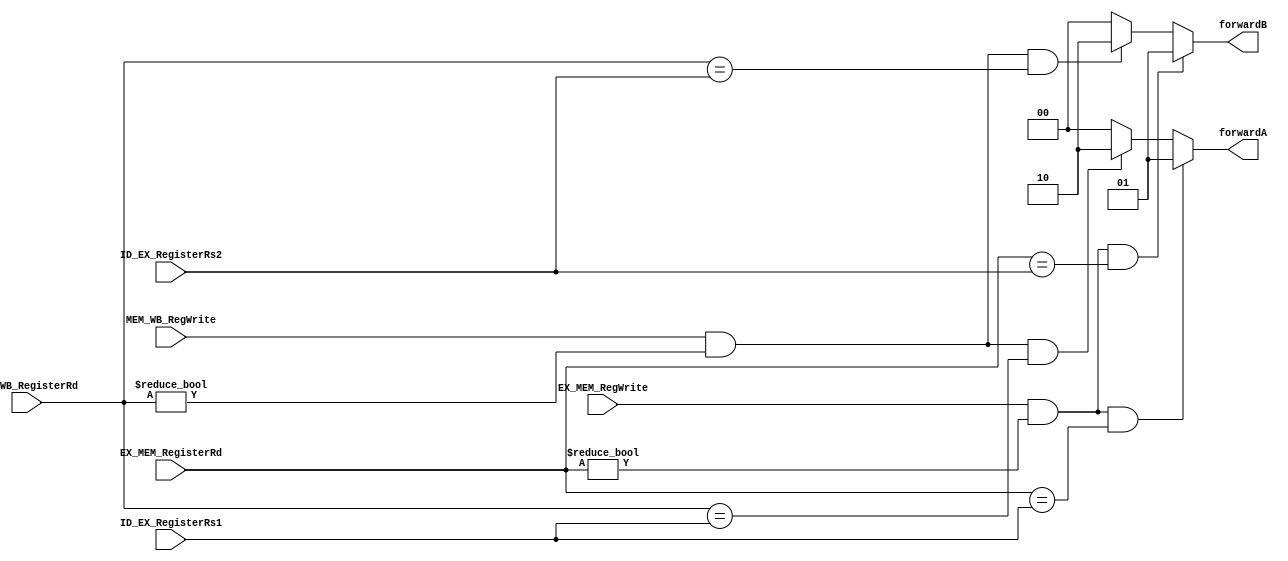
`timescale 1ns / 1ps
//////////////////////////////////////////////////////////////////////////////////
// Company: 
// Engineer: 
// 
// Design Name: 
// Module Name: forwarding_unit
// Project Name: 
// Target Devices: 
// Tool Versions: 
// Description: 
// 
// Dependencies: 
// 
// Revision:
// Revision 0.01 - File Created
// Additional Comments:
// 
//////////////////////////////////////////////////////////////////////////////////


module forwarding_unit(input [4:0] ID_EX_RegisterRs1, ID_EX_RegisterRs2, EX_MEM_RegisterRd, MEM_WB_RegisterRd, input EX_MEM_RegWrite, MEM_WB_RegWrite,
output reg [1:0]forwardA, forwardB);

always @(*)
begin

if ((EX_MEM_RegWrite == 1) && (EX_MEM_RegisterRd != 0) && (EX_MEM_RegisterRd == ID_EX_RegisterRs1)) 
	forwardA = 2'b01;
else if ((MEM_WB_RegWrite && (MEM_WB_RegisterRd != 0))
&& (MEM_WB_RegisterRd == ID_EX_RegisterRs1))
	forwardA = 2'b10;
else
	forwardA = 2'b00;
	
if ((EX_MEM_RegWrite == 1) && (EX_MEM_RegisterRd != 0) && (EX_MEM_RegisterRd == ID_EX_RegisterRs2)) 
	forwardB = 2'b01;
else if ((MEM_WB_RegWrite && (MEM_WB_RegisterRd != 0))
&& ( MEM_WB_RegisterRd == ID_EX_RegisterRs2))
	forwardB = 2'b10;
else
	forwardB = 2'b00;
	
end
    
endmodule